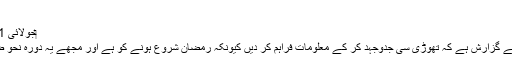
شکریہ
‏جولائی 21، 2011 #2
محترم احباب سے گزارش ہے کہ تھوڑی سی جدوجہد کر کے معلومات فراہم کر دیں کیونکہ رمضان شروع ہونے کو ہے اور مجھے یہ دورہ نحو ضرور کرنا ہے۔